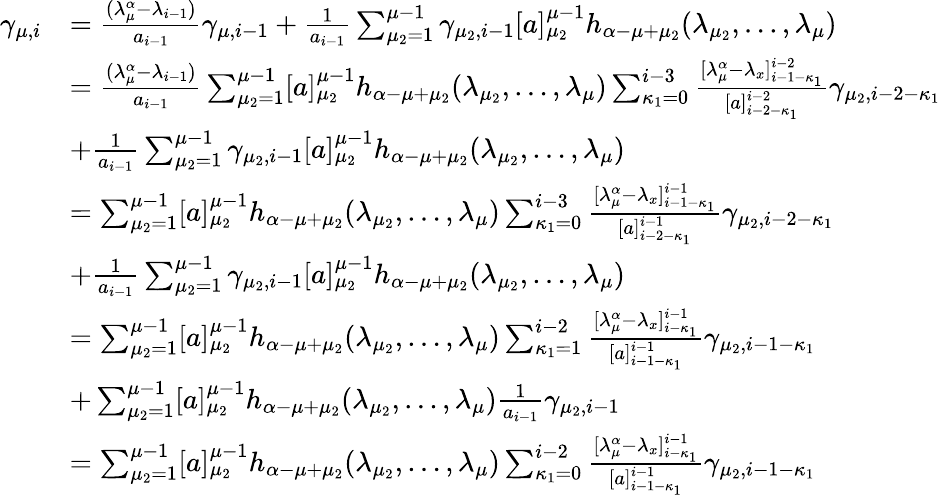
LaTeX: \begin{array}{rl}{\gamma_{\mu,i}}&{=\frac{(\lambda_{\mu}^{\alpha}-\lambda_{i-1})}{a_{i-1}}\gamma_{\mu,i-1}+\frac{1}{a_{i-1}}\sum_{\mu_{2}=1}^{\mu-1}\gamma_{\mu_{2},i-1}[a]_{\mu_{2}}^{\mu-1}h_{\alpha-\mu+\mu_{2}}(\lambda_{\mu_{2}},\ldots,\lambda_{\mu})}\\ &{=\frac{(\lambda_{\mu}^{\alpha}-\lambda_{i-1})}{a_{i-1}}\sum_{\mu_{2}=1}^{\mu-1}[a]_{\mu_{2}}^{\mu-1}h_{\alpha-\mu+\mu_{2}}(\lambda_{\mu_{2}},\ldots,\lambda_{\mu})\sum_{\kappa_{1}=0}^{i-3}\frac{[\lambda_{\mu}^{\alpha}-\lambda_{x}]_{i-1-\kappa_{1}}^{i-2}}{[a]_{i-2-\kappa_{1}}^{i-2}}\gamma_{\mu_{2},i-2-\kappa_{1}}}\\ &{+\frac{1}{a_{i-1}}\sum_{\mu_{2}=1}^{\mu-1}\gamma_{\mu_{2},i-1}[a]_{\mu_{2}}^{\mu-1}h_{\alpha-\mu+\mu_{2}}(\lambda_{\mu_{2}},\ldots,\lambda_{\mu})}\\ &{=\sum_{\mu_{2}=1}^{\mu-1}[a]_{\mu_{2}}^{\mu-1}h_{\alpha-\mu+\mu_{2}}(\lambda_{\mu_{2}},\ldots,\lambda_{\mu})\sum_{\kappa_{1}=0}^{i-3}\frac{[\lambda_{\mu}^{\alpha}-\lambda_{x}]_{i-1-\kappa_{1}}^{i-1}}{[a]_{i-2-\kappa_{1}}^{i-1}}\gamma_{\mu_{2},i-2-\kappa_{1}}}\\ &{+\frac{1}{a_{i-1}}\sum_{\mu_{2}=1}^{\mu-1}\gamma_{\mu_{2},i-1}[a]_{\mu_{2}}^{\mu-1}h_{\alpha-\mu+\mu_{2}}(\lambda_{\mu_{2}},\ldots,\lambda_{\mu})}\\ &{=\sum_{\mu_{2}=1}^{\mu-1}[a]_{\mu_{2}}^{\mu-1}h_{\alpha-\mu+\mu_{2}}(\lambda_{\mu_{2}},\ldots,\lambda_{\mu})\sum_{\kappa_{1}=1}^{i-2}\frac{[\lambda_{\mu}^{\alpha}-\lambda_{x}]_{i-\kappa_{1}}^{i-1}}{[a]_{i-1-\kappa_{1}}^{i-1}}\gamma_{\mu_{2},i-1-\kappa_{1}}}\\ &{+\sum_{\mu_{2}=1}^{\mu-1}[a]_{\mu_{2}}^{\mu-1}h_{\alpha-\mu+\mu_{2}}(\lambda_{\mu_{2}},\ldots,\lambda_{\mu})\frac{1}{a_{i-1}}\gamma_{\mu_{2},i-1}}\\ &{=\sum_{\mu_{2}=1}^{\mu-1}[a]_{\mu_{2}}^{\mu-1}h_{\alpha-\mu+\mu_{2}}(\lambda_{\mu_{2}},\ldots,\lambda_{\mu})\sum_{\kappa_{1}=0}^{i-2}\frac{[\lambda_{\mu}^{\alpha}-\lambda_{x}]_{i-\kappa_{1}}^{i-1}}{[a]_{i-1-\kappa_{1}}^{i-1}}\gamma_{\mu_{2},i-1-\kappa_{1}}}\end{array}